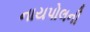
નાયપોલની